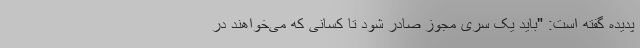
پدیده گفته است: "باید یک سری مجوز صادر شود تا کسانی که می‌خواهند در